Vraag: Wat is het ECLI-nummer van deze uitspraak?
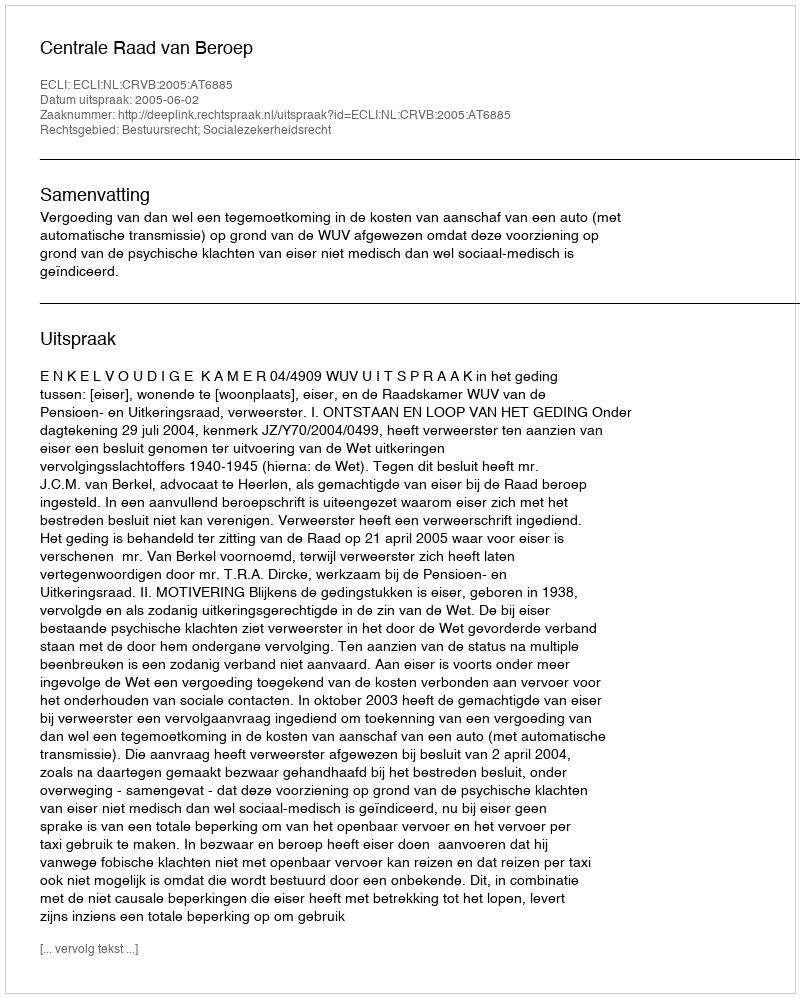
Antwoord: ECLI:NL:CRVB:2005:AT6885